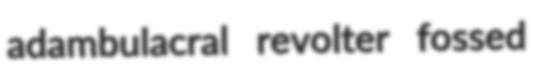
adambulacral revolter fossed